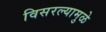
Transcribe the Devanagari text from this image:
विसरल्यामुळे